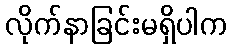
လိုက်နာခြင်းမရှိပါက